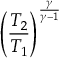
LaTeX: \left( { \frac { T _ { 2 } } { T _ { 1 } } } \right) ^ { \frac { \gamma } { \gamma - 1 } }